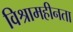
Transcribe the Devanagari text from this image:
विश्रामहीनता